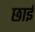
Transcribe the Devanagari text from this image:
छाईं